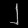
Digit: ၂